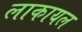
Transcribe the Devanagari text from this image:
लाकायल